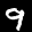
Label: 9